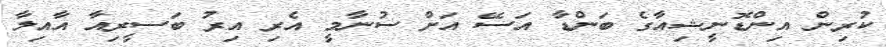
ކުރިން އިންޑޮނީޝިއާގެ ބަންޑާ އަސޭ އަށް ސުނާމީ އެރި އިރު ބަސީރިއާ އާއިލާ